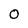
Character: 0